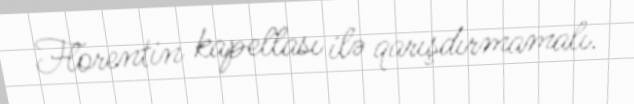
Florentin kapellası ilə qarışdırmamalı.